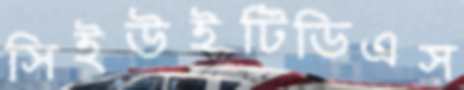
সিইউইটিডিএস